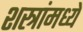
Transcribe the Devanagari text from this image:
शस्त्रांमध्ये